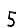
Digit: 5